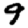
Digit: 9